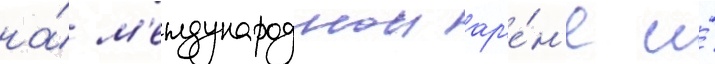
на́ м'еждународнои ар'е́н'е и́